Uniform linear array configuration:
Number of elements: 24
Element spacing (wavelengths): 0.25
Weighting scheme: exponential
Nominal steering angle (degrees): -30
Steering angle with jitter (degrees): -30.154
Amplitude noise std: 0.05
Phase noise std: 0.05

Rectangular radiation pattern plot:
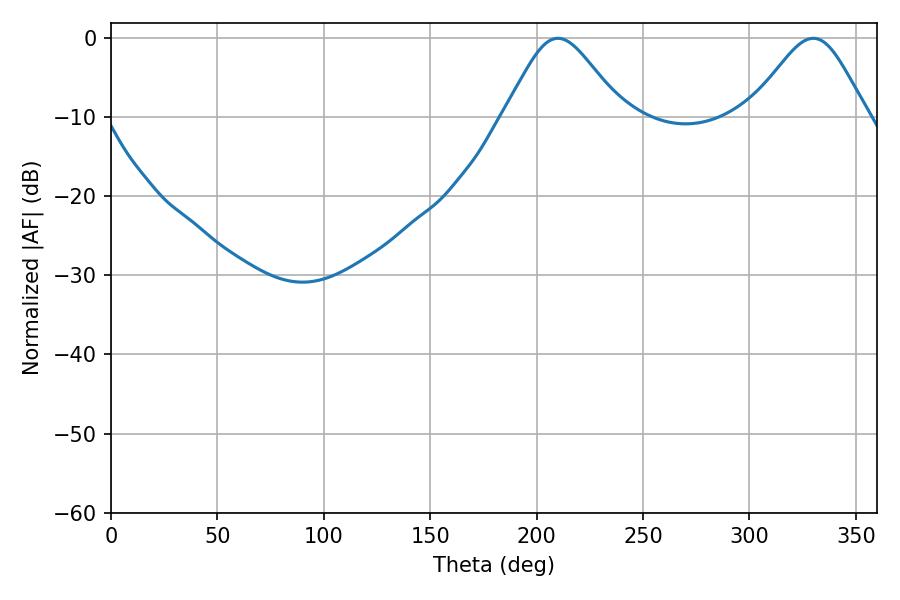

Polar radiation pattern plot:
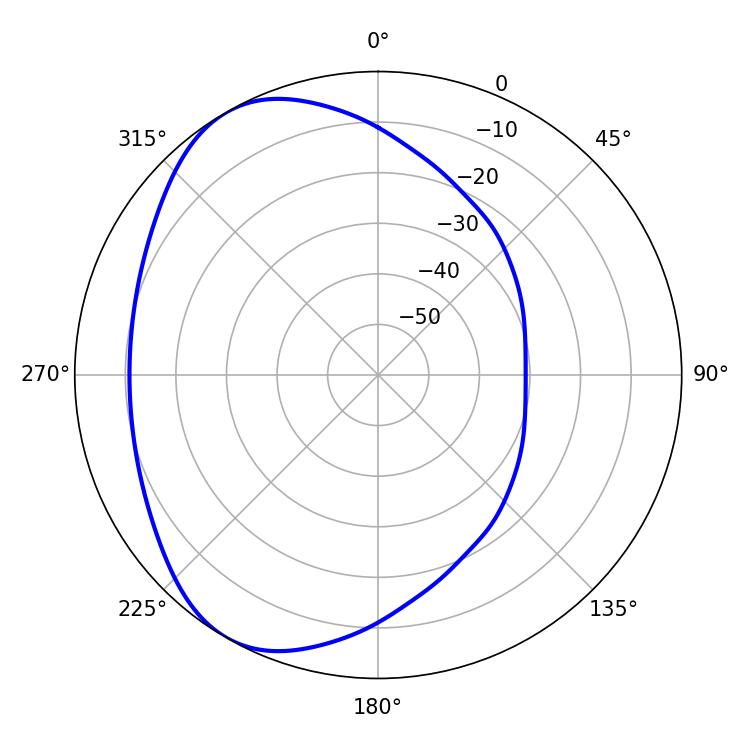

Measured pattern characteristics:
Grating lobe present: FALSE
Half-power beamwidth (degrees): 27.18
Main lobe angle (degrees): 210.06